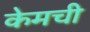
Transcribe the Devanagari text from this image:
केमची